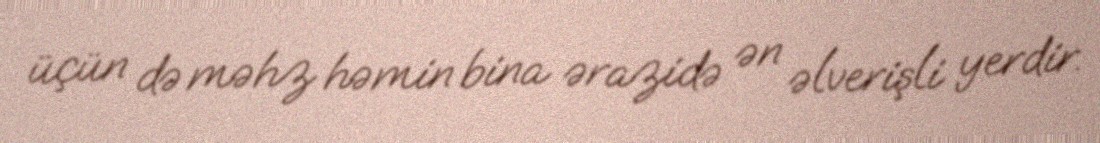
üçün də məhz həmin bina ərazidə ən əlverişli yerdir.